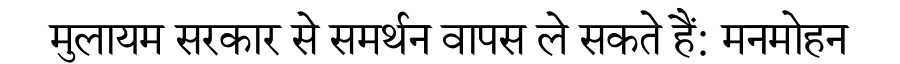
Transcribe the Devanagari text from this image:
मुलायम सरकार से समर्थन वापस ले सकते हैं: मनमोहन